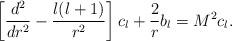
LaTeX: \begin{align*}\left[{d^{2}\over dr^{2}}-{l(l+1)\over r^{2}}\right]c_{l}+{2\over r}b_{l}=M^{2} c_{l}.\end{align*}